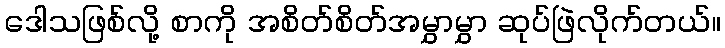
ဒေါသဖြစ်လို့ စာကို အစိတ်စိတ်အမွှာမွှာ ဆုပ်ဖြဲလိုက်တယ်။